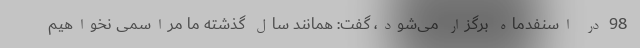
98 در اسنفدماه برگزار می‌شود، گفت: همانند سال گذشته ما مراسمی نخواهیم